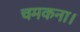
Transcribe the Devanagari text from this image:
चमकना।